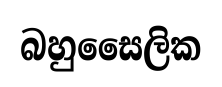
බහුසෛලික